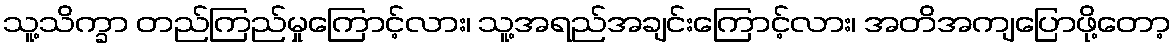
သူ့သိက္ခာ တည်ကြည်မှုကြောင့်လား၊ သူ့အရည်အချင်းကြောင့်လား၊ အတိအကျပြောဖို့တော့